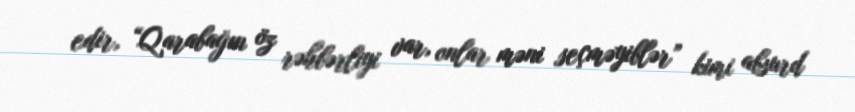
edir, “Qarabağın öz rəhbərliyi var, onlar məni seçməyiblər” kimi absurd